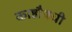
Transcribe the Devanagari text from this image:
काष्ठौषधी